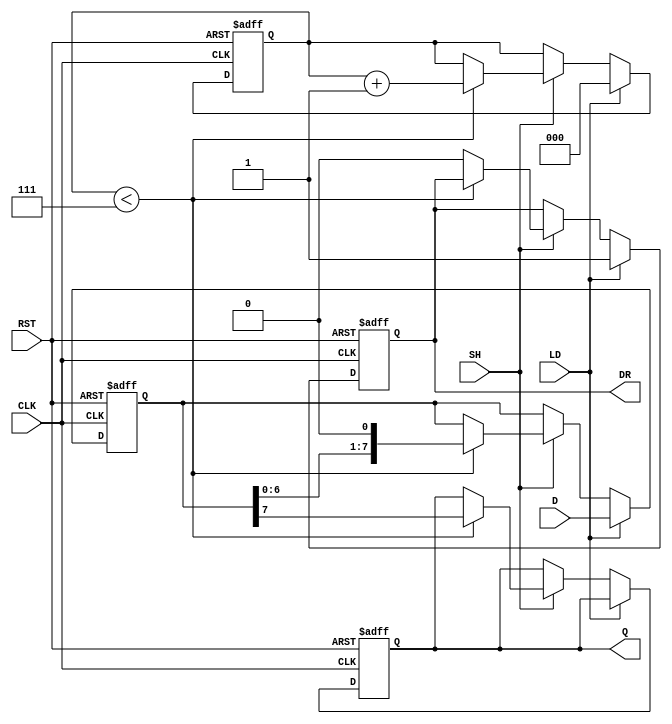
module PISO_Register (
    input wire [7:0] D,      // Parallel data input
    input wire LD,           // Load signal
    input wire SH,           // Shift signal
    input wire CLK,          // Clock signal
    input wire RST,          // Reset signal
    output reg Q,            // Serial output
    output reg DR            // Data ready signal
);

    reg [7:0] shift_reg;     // Internal storage register for PISO
    reg [2:0] count;         // Counter for bit shifting

    always @(posedge CLK or posedge RST) begin
        if (RST) begin
            // Asynchronous reset
            shift_reg <= 8'b0;
            Q <= 1'b0;
            count <= 3'b0;
            DR <= 1'b0;
        end else begin
            if (LD) begin
                // Load data into the shift register
                shift_reg <= D;
                count <= 3'b0; // Reset counter
                DR <= 1'b1;    // Assert data ready
            end else if (SH) begin
                // Shift data out serially
                if (count < 3'b111) begin // Ensure we don't exceed 8 bits
                    Q <= shift_reg[7]; // Output the MSB
                    shift_reg <= {shift_reg[6:0], 1'b0}; // Shift left
                    count <= count + 1; // Increment count
                end else begin
                    DR <= 1'b0; // Deassert data ready when done
                end
            end
        end
    end

endmodule